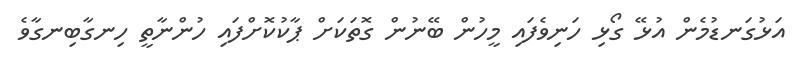
އަޅުގަނޑުމެން އުޅޭ ގޯޅި ހަނިވެފައި މީހުން ބޭނުން ގޮތަކަށް ޕާކުކޮށްފައި ހުންނާތީ ހިނގާބިނގާވެ